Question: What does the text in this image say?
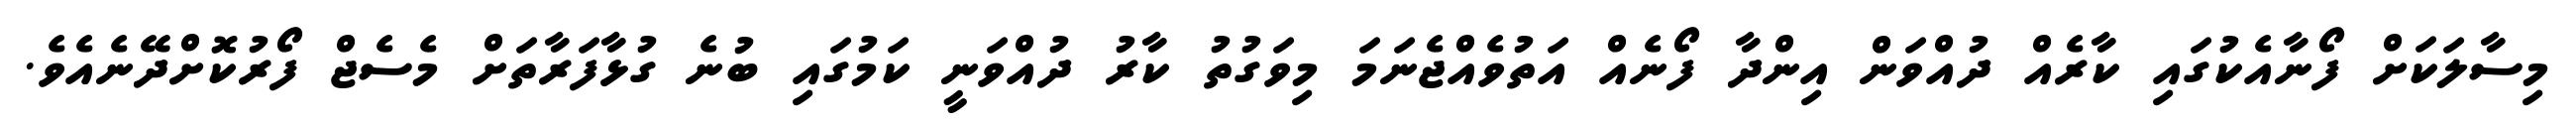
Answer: މިސާލަކަށް ފޯނާއެކުގައި ކާރެއް ދުއްވަން އިންދާ ފޯނެއް އަތުވެއްޖެނަމަ މިވަގުތު ކާރު ދުއްވަނީ ކަމުގައި ބުނެ ގުޅާފަރާތަށް މެސެޖް ފޯރުކޮށްދޭނެއެވެ.